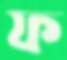
ফ